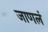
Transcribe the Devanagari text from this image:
जाणलं